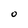
Character: 0